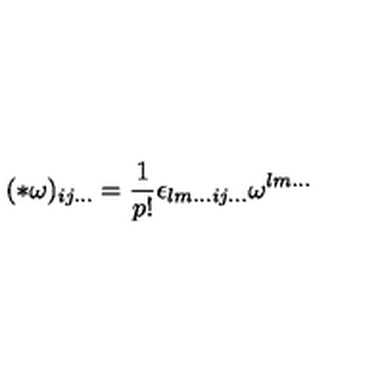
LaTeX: ( * \omega ) _ { i j . . . } = \frac { 1 } { p ! } \epsilon _ { l m . . . i j . . . } \omega ^ { l m . . . }